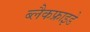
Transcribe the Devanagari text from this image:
ब्लैकफ्राइडे